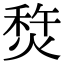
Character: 㷏